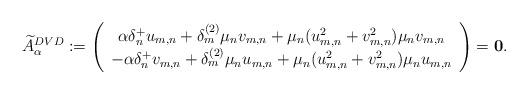
LaTeX: \begin{align*}\widetilde{A}_\alpha^{DVD}:=\left(\begin{array}{c}\alpha\delta_n^+u_{m,n}+\delta_m^{(2)}\mu_nv_{m,n}+\mu_n(u_{m,n}^2+v_{m,n}^2)\mu_nv_{m,n}\\-\alpha\delta_n^+v_{m,n}+\delta_m^{(2)}\mu_nu_{m,n}+\mu_n(u_{m,n}^2+v_{m,n}^2)\mu_nu_{m,n}\end{array}\right)=\mathbf{0}.\end{align*}